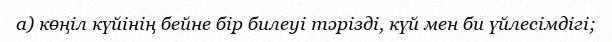
а) көңіл күйінің бейне бір билеуі тәрізді, күй мен би үйлесімдігі;